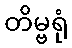
တိမ္ဗရုံ